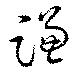
豏